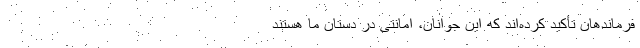
فرماندهان تأکید کرده‌اند که این جوانان، امانتی در دستان ما هستند